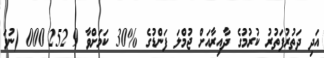
އަދި ދަތުރުފަތުރު ކުރުމުގެ ދާއިރާއަށް ޖުމްލަ ފަންޑުގެ %30 ކަމަށްވާ 9?252?000 (ނުވަ